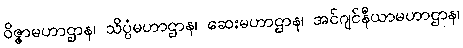
ဝိဇ္ဇာမဟာဌာန၊ သိပ္ပံမဟာဌာန၊ ဆေးမဟာဌာန၊ အင်ဂျင်နီယာမဟာဌာန၊